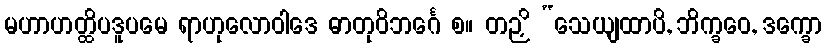
မဟာဟတ္ထိပဒူပမေ ရာဟုလောဝါဒေ ဓာတုဝိဘင်္ဂေ စ။ တဉှိ “သေယျထာပိ, ဘိက္ခဝေ, ဒက္ခော